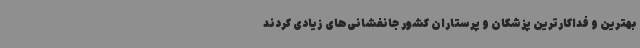
بهترین و فداکارترین پزشکان و پرستاران کشور جانفشانی‌های زیادی کردند